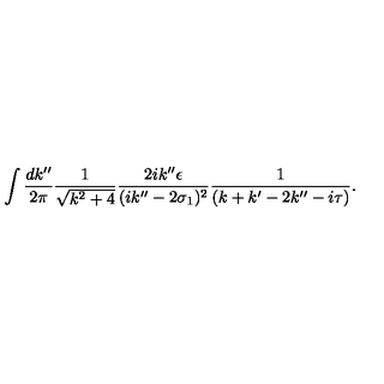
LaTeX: \int \frac { d k ^ { \prime \prime } } { 2 \pi } \frac { 1 } { \sqrt { k ^ { 2 } + 4 } } \frac { 2 i k ^ { \prime \prime } \epsilon } { ( i k ^ { \prime \prime } - 2 \sigma _ { 1 } ) ^ { 2 } } \frac { 1 } { ( k + k ^ { \prime } - 2 k ^ { \prime \prime } - i \tau ) } .